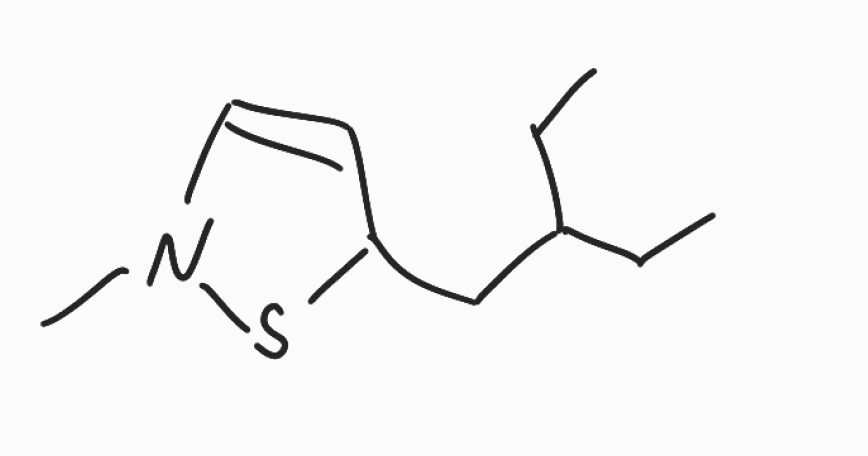
Simplified molecular-input line-entry system (SMILES) notation of the given molecule:
CCC(CC)CC1C=CN(S1)C